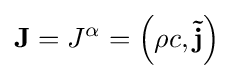
\mathbf {J} =J^{\alpha }=\left(\rho c,\mathbf {\vec {j}} \right)